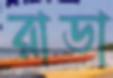
রাডা